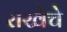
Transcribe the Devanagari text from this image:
राखेचे